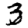
Digit: 3